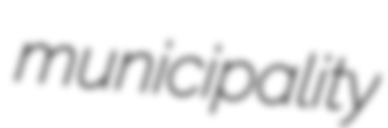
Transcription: municipality